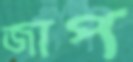
জাপ